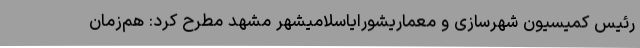
رئیس کمیسیون شهرسازی و معماریشورایاسلامیشهر مشهد مطرح کرد: هم‌زمان